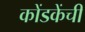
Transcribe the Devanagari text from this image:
कोंडकेंची